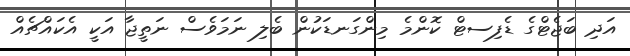
އަދި ބަޖެޓްގެ ޑެފިސޓް ކޮންމެ މިންގަނޑަކުން ބެލި ނަމަވެސް ނަތީޖާ އަކީ އެކައްޗެއް